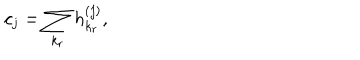
c _ { j } = \sum _ { k _ { r } } h _ { k _ { r } } ^ { ( j ) } ,